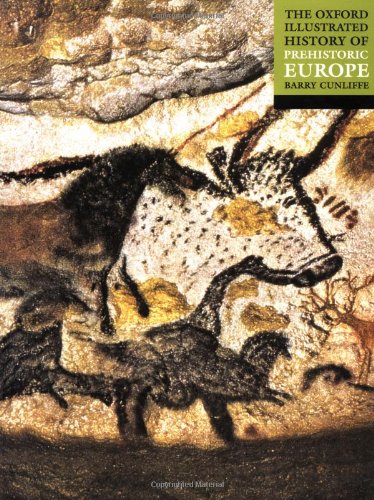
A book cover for The Oxford Illustrated History of Prehistoric Europe; History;